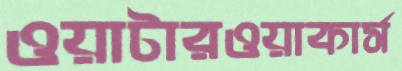
ওয়াটারওয়াকার্স